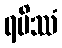
ရမိဿံ